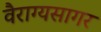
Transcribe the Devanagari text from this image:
वैराग्यसागर